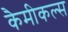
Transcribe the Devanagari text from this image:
कैमीकल्स